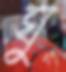
ঘু